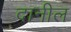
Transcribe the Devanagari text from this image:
दानील